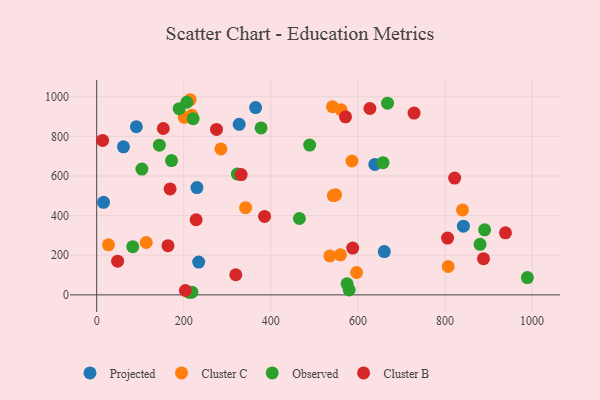
{"axis": {"x": "Investment", "y": "Exam Score"}, "legend": ["Cluster B", "Cluster C", "Observed", "Projected"], "data": [{"x": "638.9", "y": 658.3, "type": "Projected"}, {"x": "327.3", "y": 861.1, "type": "Projected"}, {"x": "230.3", "y": 541.6, "type": "Projected"}, {"x": "365.0", "y": 945.5, "type": "Projected"}, {"x": "234.2", "y": 165.7, "type": "Projected"}, {"x": "91.1", "y": 848.7, "type": "Projected"}, {"x": "61.4", "y": 747.4, "type": "Projected"}, {"x": "660.6", "y": 218.7, "type": "Projected"}, {"x": "15.7", "y": 467.2, "type": "Projected"}, {"x": "842.3", "y": 346.9, "type": "Projected"}, {"x": "342.0", "y": 440.3, "type": "Cluster C"}, {"x": "535.6", "y": 196.4, "type": "Cluster C"}, {"x": "561.2", "y": 935.0, "type": "Cluster C"}, {"x": "548.8", "y": 505.2, "type": "Cluster C"}, {"x": "543.6", "y": 501.1, "type": "Cluster C"}, {"x": "840.2", "y": 428.7, "type": "Cluster C"}, {"x": "586.3", "y": 675.7, "type": "Cluster C"}, {"x": "559.9", "y": 201.9, "type": "Cluster C"}, {"x": "218.5", "y": 906.2, "type": "Cluster C"}, {"x": "597.0", "y": 112.8, "type": "Cluster C"}, {"x": "214.6", "y": 985.1, "type": "Cluster C"}, {"x": "807.3", "y": 143.3, "type": "Cluster C"}, {"x": "113.7", "y": 264.4, "type": "Cluster C"}, {"x": "27.0", "y": 252.8, "type": "Cluster C"}, {"x": "285.3", "y": 736.5, "type": "Cluster C"}, {"x": "541.6", "y": 949.6, "type": "Cluster C"}, {"x": "201.2", "y": 896.2, "type": "Cluster C"}, {"x": "207.2", "y": 972.4, "type": "Observed"}, {"x": "212.6", "y": 13.1, "type": "Observed"}, {"x": "171.9", "y": 677.7, "type": "Observed"}, {"x": "323.0", "y": 609.7, "type": "Observed"}, {"x": "575.1", "y": 55.7, "type": "Observed"}, {"x": "377.6", "y": 842.7, "type": "Observed"}, {"x": "143.9", "y": 755.8, "type": "Observed"}, {"x": "657.7", "y": 667.1, "type": "Observed"}, {"x": "580.0", "y": 25.1, "type": "Observed"}, {"x": "465.6", "y": 385.4, "type": "Observed"}, {"x": "668.1", "y": 967.8, "type": "Observed"}, {"x": "989.3", "y": 87.5, "type": "Observed"}, {"x": "489.2", "y": 756.2, "type": "Observed"}, {"x": "103.8", "y": 635.0, "type": "Observed"}, {"x": "82.8", "y": 243.5, "type": "Observed"}, {"x": "218.6", "y": 13.8, "type": "Observed"}, {"x": "221.5", "y": 889.3, "type": "Observed"}, {"x": "880.6", "y": 255.4, "type": "Observed"}, {"x": "891.1", "y": 328.4, "type": "Observed"}, {"x": "189.4", "y": 939.7, "type": "Observed"}, {"x": "627.6", "y": 940.9, "type": "Cluster B"}, {"x": "152.9", "y": 839.8, "type": "Cluster B"}, {"x": "163.7", "y": 248.5, "type": "Cluster B"}, {"x": "888.5", "y": 182.9, "type": "Cluster B"}, {"x": "571.6", "y": 898.7, "type": "Cluster B"}, {"x": "822.2", "y": 589.7, "type": "Cluster B"}, {"x": "48.0", "y": 170.3, "type": "Cluster B"}, {"x": "385.6", "y": 396.1, "type": "Cluster B"}, {"x": "729.0", "y": 917.9, "type": "Cluster B"}, {"x": "331.9", "y": 607.3, "type": "Cluster B"}, {"x": "805.9", "y": 286.6, "type": "Cluster B"}, {"x": "13.6", "y": 779.7, "type": "Cluster B"}, {"x": "275.2", "y": 835.1, "type": "Cluster B"}, {"x": "939.0", "y": 313.2, "type": "Cluster B"}, {"x": "203.7", "y": 22.0, "type": "Cluster B"}, {"x": "228.4", "y": 379.1, "type": "Cluster B"}, {"x": "319.5", "y": 101.5, "type": "Cluster B"}, {"x": "588.1", "y": 236.4, "type": "Cluster B"}, {"x": "168.6", "y": 535.0, "type": "Cluster B"}]}